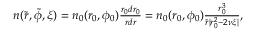
\begin{array} { r } { n ( \tilde { r } , \tilde { \phi } , \xi ) = n _ { 0 } ( r _ { 0 } , \phi _ { 0 } ) \frac { r _ { 0 } d r _ { 0 } } { r d r } = n _ { 0 } ( r _ { 0 } , \phi _ { 0 } ) \frac { r _ { 0 } ^ { 3 } } { \tilde { r } | r _ { 0 } ^ { 2 } - 2 \nu \xi | } , } \end{array}